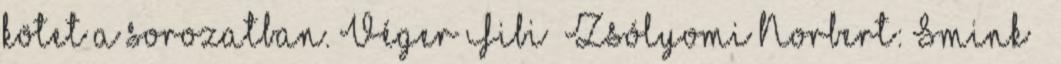
kötet a sorozatban. Véger Fibi– Zsólyomi Norbert: Smink –